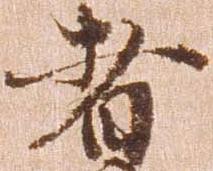
者